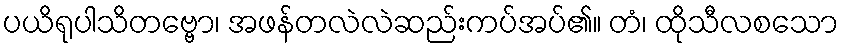
ပယိရုပါသိတဗ္ဗော၊ အဖန်တလဲလဲဆည်းကပ်အပ်၏။ တံ၊ ထိုသီလစသော